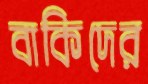
বাকিদের